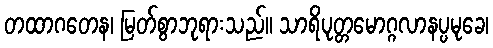
တထာဂတေန၊ မြတ်စွာဘုရားသည်။ သာရိပုတ္တမောဂ္ဂလာနပ္ပမုခေ၊